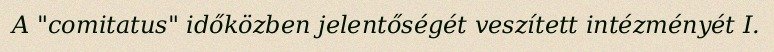
A "comitatus" időközben jelentőségét veszített intézményét I.